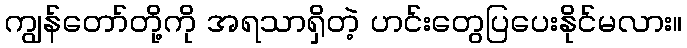
ကျွန်တော်တို့ကို အရသာရှိတဲ့ ဟင်းတွေပြပေးနိုင်မလား။